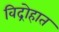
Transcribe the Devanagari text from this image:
विद्रोहात